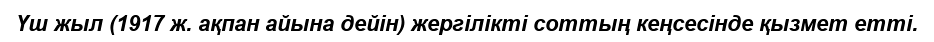
Үш жыл (1917 ж. ақпан айына дейiн) жергiлiктi соттың кеңсесiнде қызмет еттi.